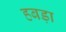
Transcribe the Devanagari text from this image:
हबड़ा